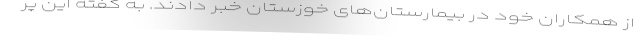
از همکاران خود در بیمارستان‌های خوزستان خبر دادند. به گفته این پر